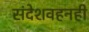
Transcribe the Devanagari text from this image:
संदेशवहनही